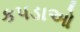
કપડાઓ